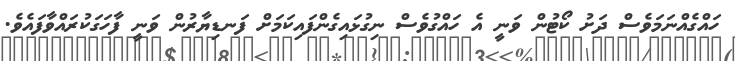
ހައްގެއްނަމަވެސް ދަށު ކޯޓުން ވަނީ އެ ހައްގުވެސް ނިގުޅައިގެންފައިކަމަށް ފަނޑިޔާރުން ވަނީ ފާހަގަކުރައްވާފައެވެ.